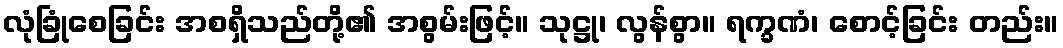
လုံခြုံစေခြင်း အစရှိသည်တို့၏ အစွမ်းဖြင့်။ သုဋ္ဌု၊ လွန်စွာ။ ရက္ခဏံ၊ စောင့်ခြင်း တည်း။